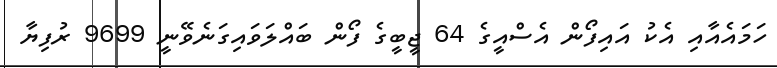
ހަމައެއާއި އެކު އައިފޯން އެސްއީގެ 64 ޖީބީގެ ފޯން ބައްލަވައިގަނެވޭނީ 9699 ރުފިޔާ